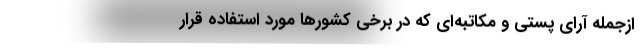
ازجمله آرای پستی و مکاتبه‌ای که در برخی کشورها مورد استفاده قرار